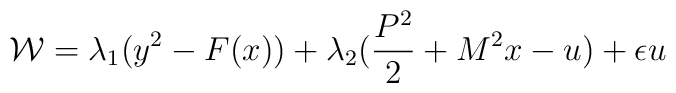
{\cal W}=\lambda_{1}(y^{2}-F(x))+\lambda_{2}(\frac{P^{2}}{2}+M^{2}x-u)+ \epsilon u